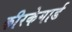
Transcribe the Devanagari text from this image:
कीरकेगार्ड